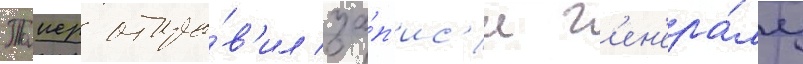
Таиер отпра́в'ил за́п'ис'и г'ен'ера́лу